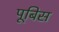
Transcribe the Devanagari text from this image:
पूबिस